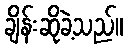
ချိန်းဆိုခဲ့သည်။